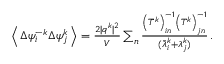
\begin{array} { r } { \left\langle \, \Delta \psi _ { i } ^ { - k } \Delta \psi _ { j } ^ { k } \, \right\rangle = \frac { 2 \vert \boldsymbol { q } ^ { k } \vert ^ { 2 } } { V } \sum _ { n } \frac { \left( \bar { T } ^ { k } \right) _ { i n } ^ { - 1 } \left( T ^ { k } \right) _ { j n } ^ { - 1 } } { ( \bar { \lambda } _ { i } ^ { k } + \lambda _ { j } ^ { k } ) } \, . } \end{array}